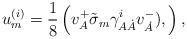
LaTeX: \begin{align*} u^{{ (i)}}_{{ m}}= {{ 1}\over {8}}\left( v^{+}_{{ A}} \tilde{\sigma }_{{ m}}\gamma ^{{i}}_{{ A}{\dot A}}v^{{-}}_{{\dot A}}) ,\right) ,\end{align*}